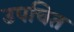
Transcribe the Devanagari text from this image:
उपचित